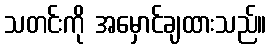
သတင်းကို အမှောင်ချထားသည်။